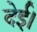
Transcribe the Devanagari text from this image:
देई।